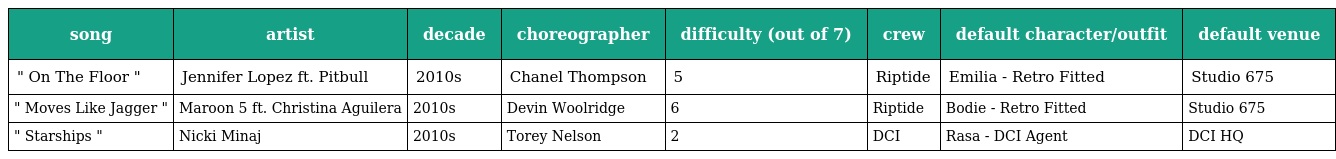
| song | artist | decade | choreographer | difficulty (out of 7) | crew | default character/outfit | default venue |
 | --- | --- | --- | --- | --- | --- | --- | --- |
 | " On The Floor " | Jennifer Lopez ft. Pitbull | 2010s | Chanel Thompson | 5 | Riptide | Emilia - Retro Fitted | Studio 675 |
 | " Moves Like Jagger " | Maroon 5 ft. Christina Aguilera | 2010s | Devin Woolridge | 6 | Riptide | Bodie - Retro Fitted | Studio 675 |
 | " Starships " | Nicki Minaj | 2010s | Torey Nelson | 2 | DCI | Rasa - DCI Agent | DCI HQ |